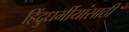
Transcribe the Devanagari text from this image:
हिंदुधर्मीयांसाठी